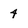
Character: 4